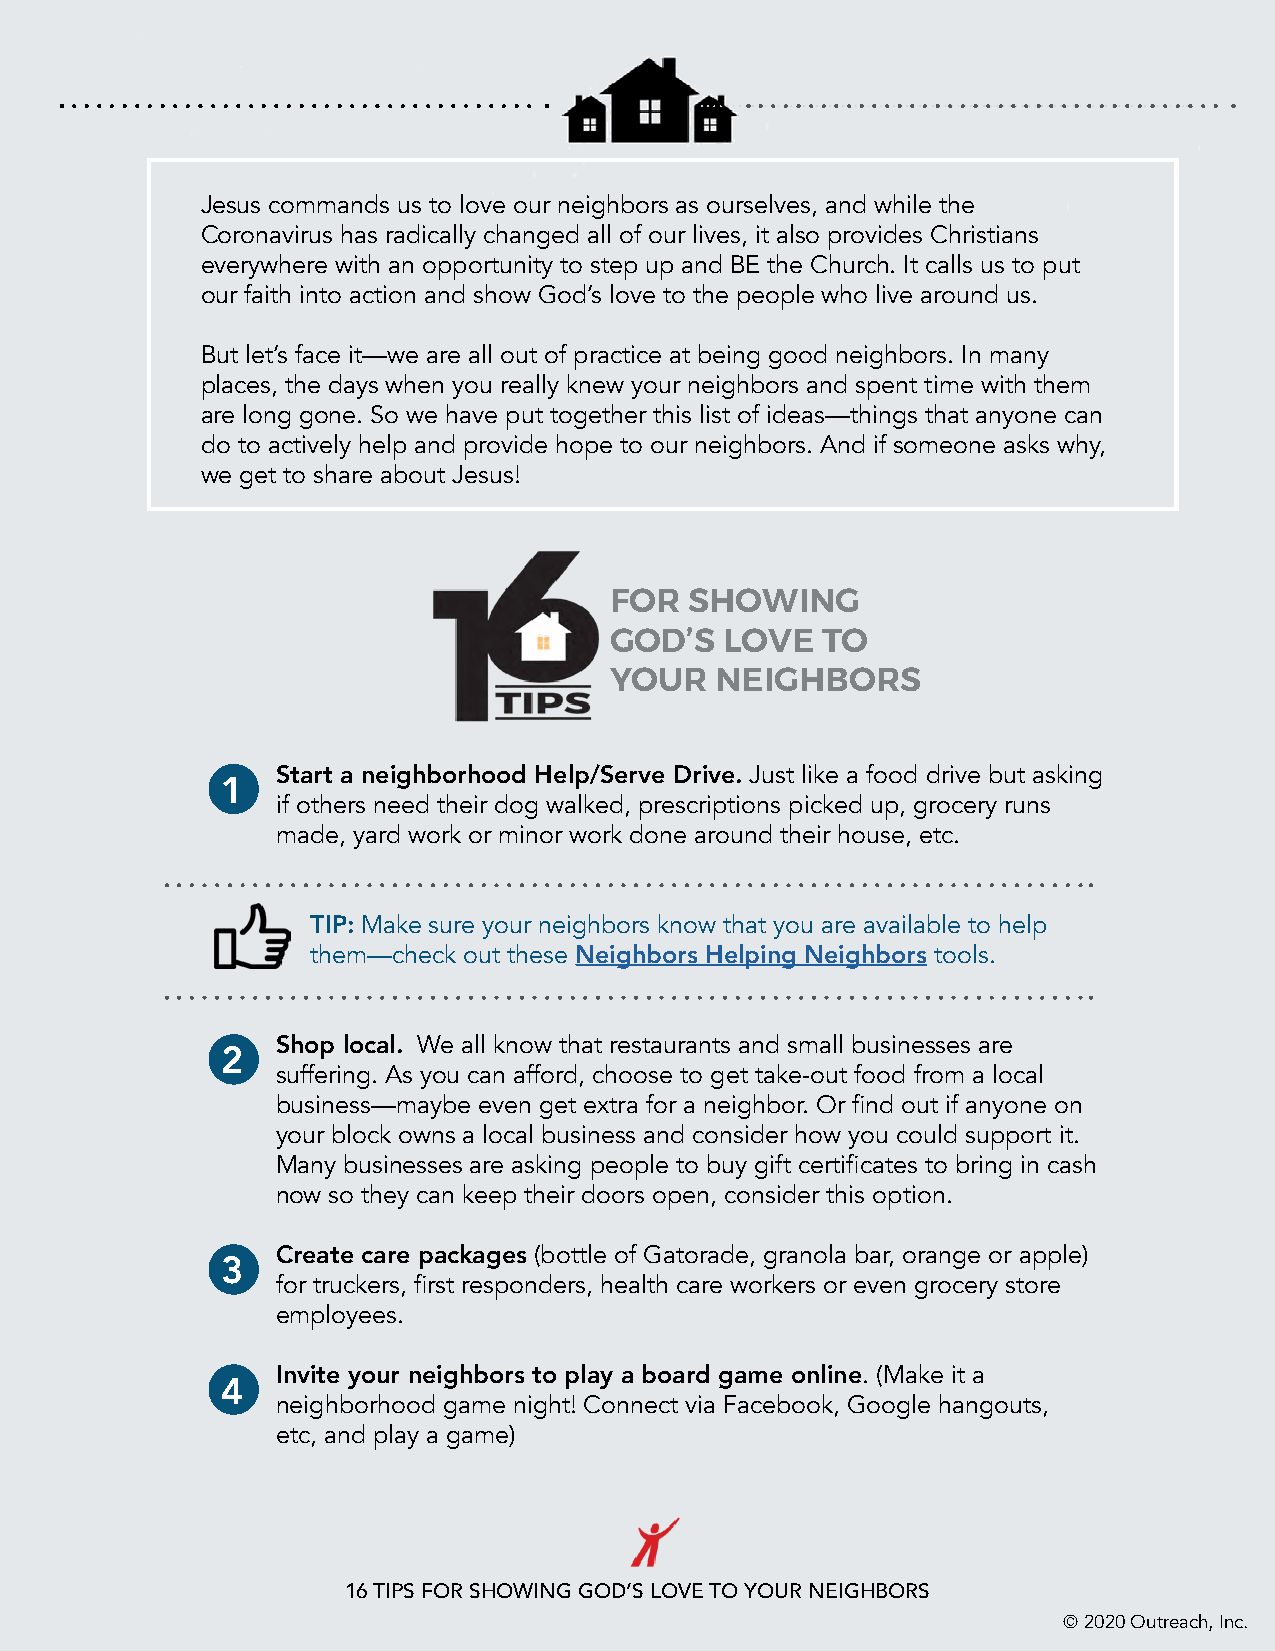
Jesus commands us to love our neighbors as ourselves, and while the
 Coronavirus has radically changed all of our lives, it also provides Christians
 everywhere with an opportunity to step up and BE the Church. It calls us to put
 our faith into action and show God’s love to the people who live around us.
 But let’s face it—we are all out of practice at being good neighbors. In many
 places, the days when you really knew your neighbors and spent time with them
 are long gone. So we have put together this list of ideas—things that anyone can
 do to actively help and provide hope to our neighbors. And if someone asks why,
 we get to share about Jesus!
 FOR   SHOWING
 GOD’S   LOVE  TO
 YOUR   NEIGHBORS
 Start a neighborhood Help/Serve Drive. Just like a food drive but asking
 1
 if others need their dog walked, prescriptions picked up, grocery runs
 made, yard work or minor work done around their house, etc.
 TIP: Make sure your neighbors know that you are available to help
 them—check out these Neighbors Helping Neighbors tools.
 Shop local. We all know that restaurants and small businesses are
 2
 suffering. As you can afford, choose to get take-out food from a local
 business—maybe even get extra for a neighbor. Or find out if anyone on
 your block owns a local business and consider how you could support it.
 Many businesses are asking people to buy gift certificates to bring in cash
 now so they can keep their doors open, consider this option.
 Create care packages (bottle of Gatorade, granola bar, orange or apple)
 3
 for truckers, first responders, health care workers or even grocery store
 employees.
 Invite your neighbors to play a board game online. (Make it a
 4
 neighborhood game night! Connect via Facebook, Google hangouts,
 etc, and play a game)
 16 TIPS FOR SHOWING GOD’S LOVE TO YOUR NEIGHBORS
 © 2020 Outreach, Inc.